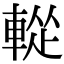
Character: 𨌰